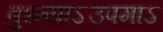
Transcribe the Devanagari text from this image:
बुध्न्याऽउपमाऽ